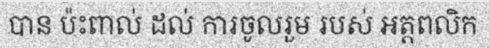
បាន ប៉ះពាល់ ដល់ ការចូលរួម របស់ អត្តពលិក